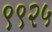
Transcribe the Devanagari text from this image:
९९२५